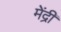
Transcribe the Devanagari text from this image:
मेंद्री